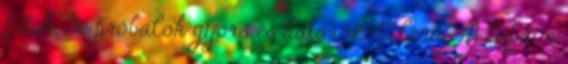
futok, de próbálok gyors és határozott lenni. A lábaim